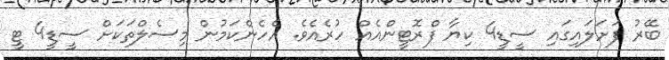
ބޭރު ފަށަލައިގައި ސީޑީ4 ކިޔާ ފްރޮޓީންއެއް ހުރެެއެވެ. އެހެންކަމުން މިސެލްތަކަށް ސީޑީ4 ޓީ